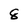
Character: 8